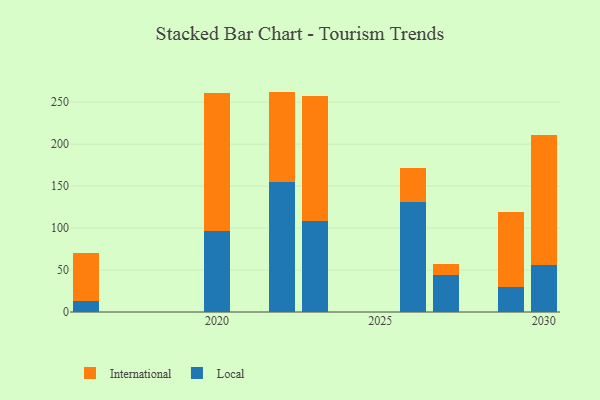
{"axis": {"x": "Year", "y": "Energy Usage (MWh)"}, "legend": ["International", "Local"], "data": [{"x": "2023", "y": 108.6, "type": "Local"}, {"x": "2023", "y": 149.0, "type": "International"}, {"x": "2026", "y": 130.6, "type": "Local"}, {"x": "2026", "y": 40.9, "type": "International"}, {"x": "2029", "y": 30.2, "type": "Local"}, {"x": "2029", "y": 88.9, "type": "International"}, {"x": "2027", "y": 43.8, "type": "Local"}, {"x": "2027", "y": 13.5, "type": "International"}, {"x": "2020", "y": 96.3, "type": "Local"}, {"x": "2020", "y": 164.5, "type": "International"}, {"x": "2016", "y": 13.0, "type": "Local"}, {"x": "2016", "y": 56.8, "type": "International"}, {"x": "2022", "y": 154.4, "type": "Local"}, {"x": "2022", "y": 108.1, "type": "International"}, {"x": "2030", "y": 56.0, "type": "Local"}, {"x": "2030", "y": 154.9, "type": "International"}]}